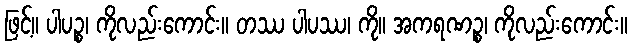
ဖြင့်။ ပါပဉ္စ၊ ကိုလည်းကောင်း။ တဿ ပါပဿ၊ ကို။ အကရဏဉ္စ၊ ကိုလည်းကောင်း။